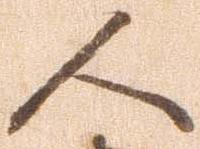
人